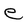
Character: e